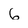
Character: 6